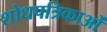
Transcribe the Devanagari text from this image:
शोधपत्रिकाओं